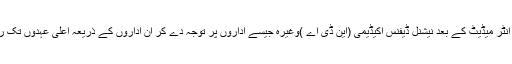
آئی آئی ٹیز ،میڈیکل کی طرح انٹر میڈیٹ کے بعد نیشنل ڈیفنس اکیڈیمی (این ڈی اے )وغیرہ جیسے اداروں پر توجہ دے کر ان اداروں کے ذریعہ اعلی عہدوں تک رسائی حاصل کی جاسکتی ہے۔